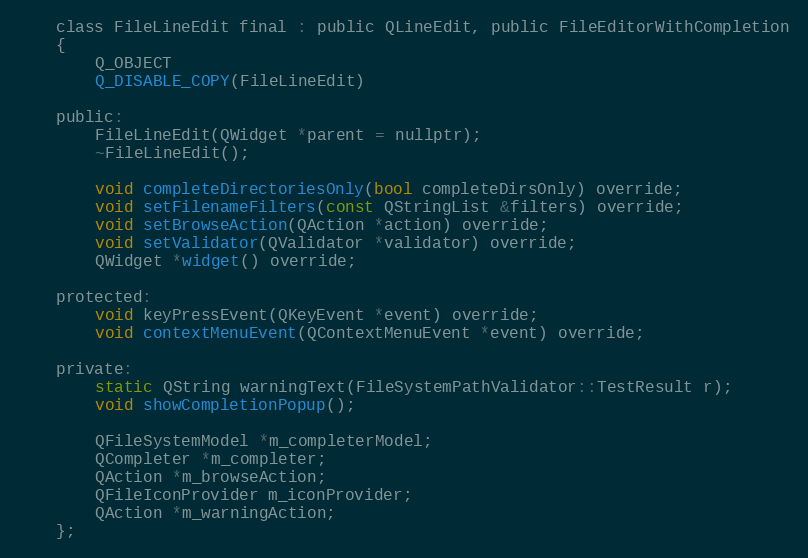
Language: C
    class FileLineEdit final : public QLineEdit, public FileEditorWithCompletion
    {
        Q_OBJECT
        Q_DISABLE_COPY(FileLineEdit)

    public:
        FileLineEdit(QWidget *parent = nullptr);
        ~FileLineEdit();

        void completeDirectoriesOnly(bool completeDirsOnly) override;
        void setFilenameFilters(const QStringList &filters) override;
        void setBrowseAction(QAction *action) override;
        void setValidator(QValidator *validator) override;
        QWidget *widget() override;

    protected:
        void keyPressEvent(QKeyEvent *event) override;
        void contextMenuEvent(QContextMenuEvent *event) override;

    private:
        static QString warningText(FileSystemPathValidator::TestResult r);
        void showCompletionPopup();

        QFileSystemModel *m_completerModel;
        QCompleter *m_completer;
        QAction *m_browseAction;
        QFileIconProvider m_iconProvider;
        QAction *m_warningAction;
    };